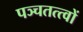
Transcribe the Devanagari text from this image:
पञ्चतत्त्वों